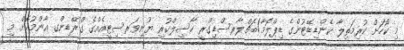
މި ކޯހަށް ކުރިމަތިލާ ކެންޑިޑޭޓުންގެ ޑިޕްލޮމާ/ބެޗްލާރސްޑިގްރީ ހާސިލްކުރި ޔުނިވަރސިޓީއެއްގެ ގްރޭޑިންގ އާންމުކޮށް މި